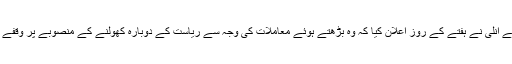
واشنگٹن کے گورنمنٹ جے انلی نے ہفتے کے روز اعلان کیا کہ وہ بڑھتے ہوئے معاملات کی وجہ سے ریاست کے دوبارہ کھولنے کے منصوبے پر وقفے کے بٹن کو دب رہے ہیں۔